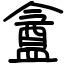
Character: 盦